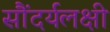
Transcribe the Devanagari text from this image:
सौंदर्यलक्षी